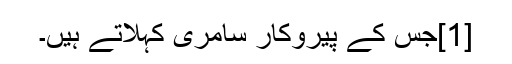
[1]جس کے پیروکار سامری کہلاتے ہیں۔